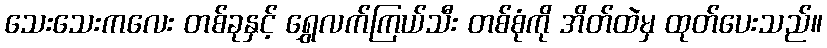
သေးသေးကလေး တစ်ခုနှင့် ရွှေလက်ကြယ်သီး တစ်စုံကို အိတ်ထဲမှ ထုတ်ပေးသည်။